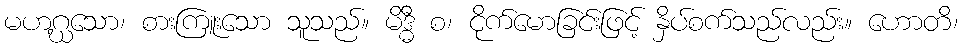
မဟဂ္ဃသော၊ စားကြူးသော သူသည်။ မိဒ္ဓီ စ၊ ငိုက်မောခြင်းဖြင့် နှိပ်စက်သည်လည်း။ ဟောတိ၊